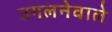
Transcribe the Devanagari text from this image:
उगलनेवाले